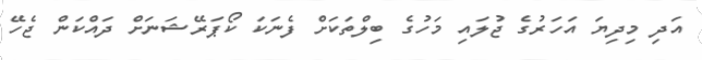
އަދި މިދިޔަ އަހަރުގެ ޖުލައި މަހުގެ ބިލްތަކަށް ފެނަކަ ކޯޕަރޭޝަނަށް ދައްކަން ޖެހޭ